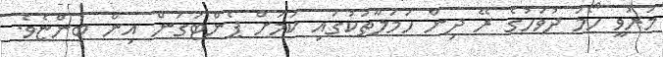
މަރުވީ ހޯމަ ދުވަހުގެ ރޭ ދިން ހަމަލާތަކުގައި ކަމަށް ޕެންޓަގަން އިން ބުންޏެވެ.